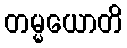
တမ္မယောတိ